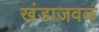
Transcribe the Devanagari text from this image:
खंडाजवळ